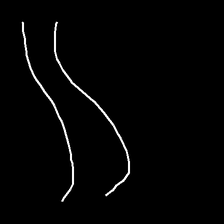
Glyph: float